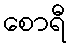
စောရီ